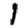
Digit: 1